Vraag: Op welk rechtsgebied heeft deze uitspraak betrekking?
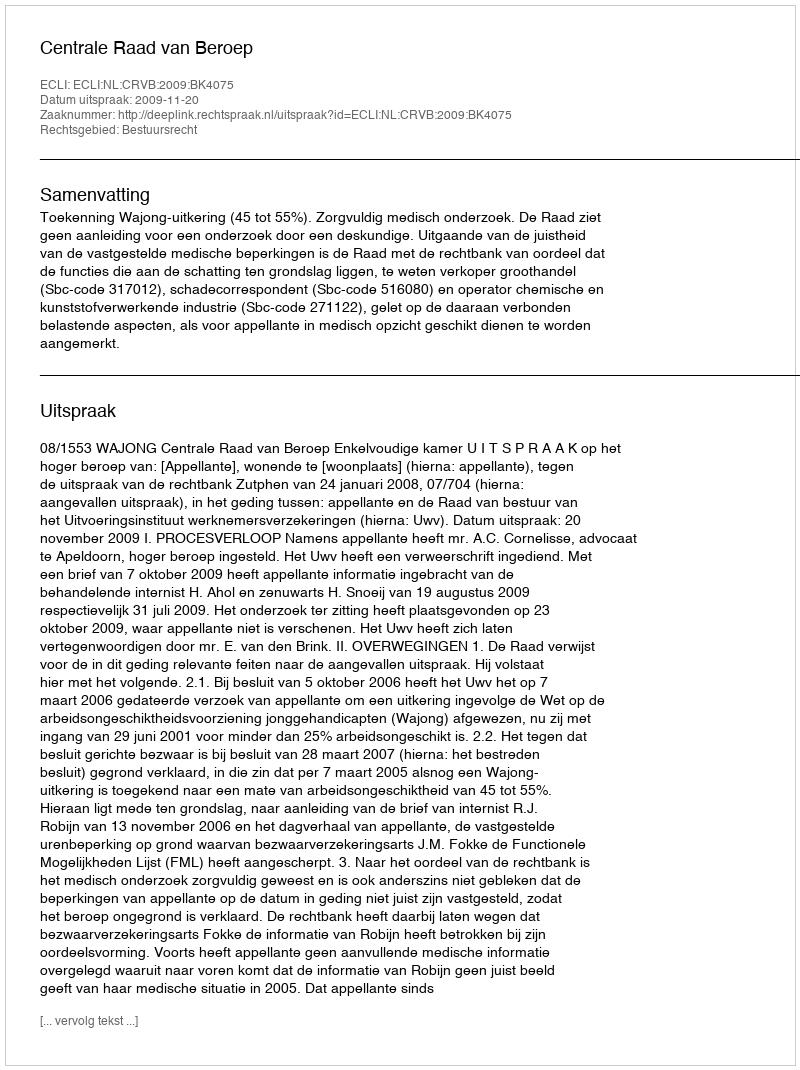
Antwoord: Bestuursrecht